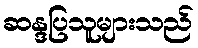
ဆန္ဒပြသူများသည်